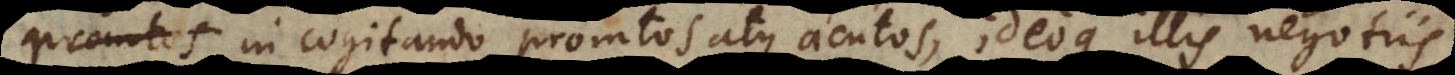
in cogitando promtos atque acutos, ideoque illis negotiis